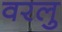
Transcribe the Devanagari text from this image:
वरलु